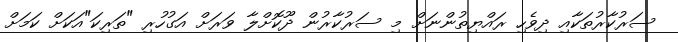
ސަރުކާރުތަކާއި ދިވެހި ރައްޔިތުންނަށް މި ސަރުކާރުން ދޫކޮށްލާ ވަރަށް އަގުހުރި "ތަރިކަ"އަކަށް ކަމަށް